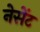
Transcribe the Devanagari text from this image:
नेसेंट